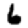
Digit: 6